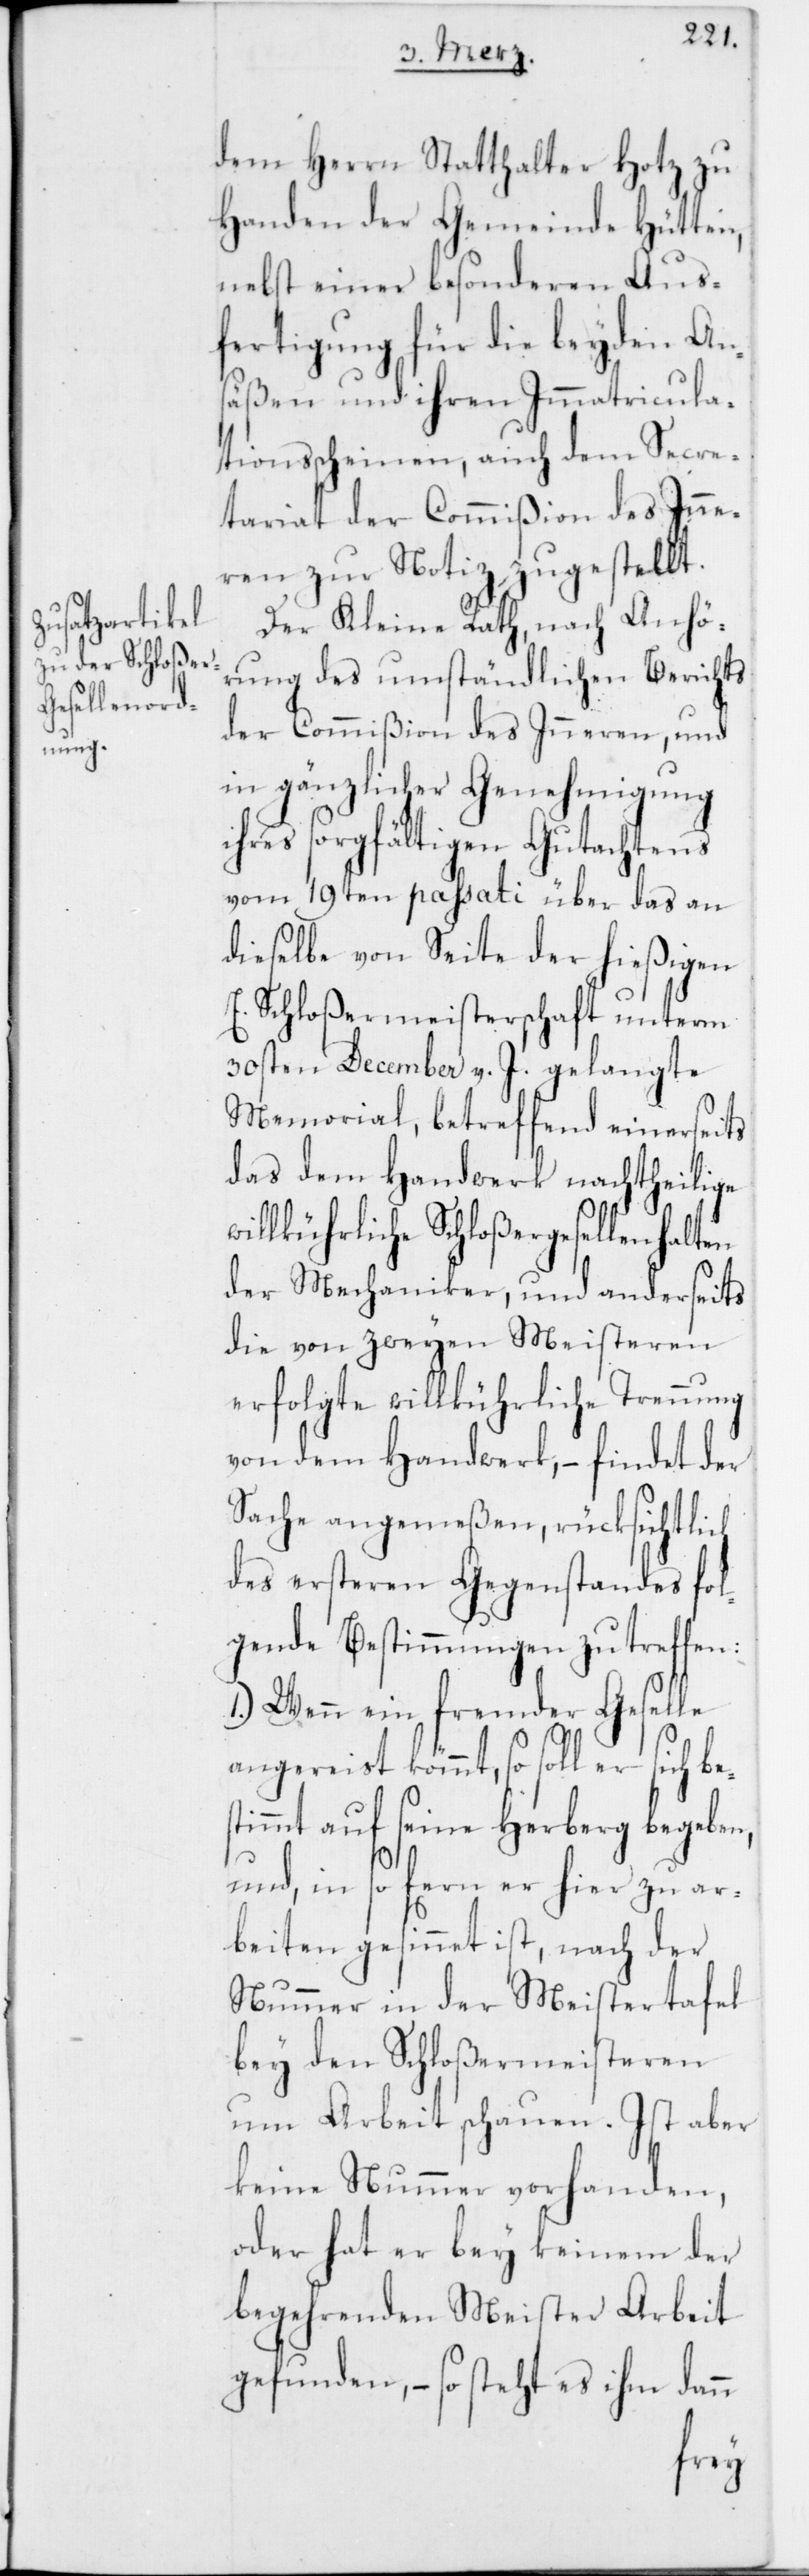
dem Herrn Statthalter Hotz zu
Handen der Gemeinde Hütten,
nebst einer besonderen Aus¬
fertigung für die beyden An¬
säßen und ihren Immatricula¬
tionsscheinen, auch dem Secre¬
tariat der Commißion des Inne¬
ren zur Notiz zugestellt.
Der Kleine Rath, nach Anhö¬
rung des umständlichen Berichts
der Commißion des Inneren, und
in gänzlicher Genehmigung
ihres sorgfältigen Gutachtens
vom 19ten passati über das an
dieselbe von Seite der hießigen
E. Schloßermeisterschaft unterm
30sten December v. J. gelangte
Memorial, betreffend einerseits
das dem Handwerk nachtheilige
willkührliche Schloßergesellenhalten
der Mechaniker, und anderseits
die von zweyen Meisteren
erfolgte willkührliche Trennung
von dem Handwerk, – findet der
Sache angemeßen, rüksichtlich
des ersteren Gegenstandes fol¬
gende Bestimmung zu treffen:
1.) Wenn ein fremder Geselle
angereist kömmt, so soll er sich be¬
stimmt auf seine Herberg begeben,
und, in so fern er hier zu ar¬
beiten gesinnet ist, nach der
Nummer in der Meistertafel
bey den Schloßermeisteren
um Arbeit schauen. Ist aber
keine Nummer vorhanden,
oder hat er bey keinem der
begehrenden Meister Arbeit
gefunden, – so steht es ihm dann